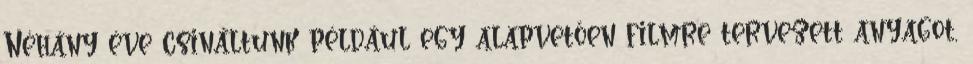
Néhány éve csináltunk például egy alapvetően filmre tervezett anyagot,